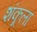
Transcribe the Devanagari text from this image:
शंकूला